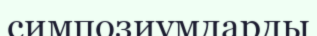
симпозиумдарды